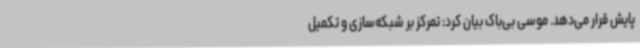
پایش قرار می‌دهد. موسی بی‌باک بیان کرد: تمرکز بر شبکه‌سازی و تکمیل